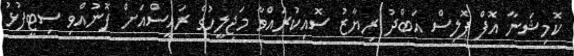
ކޮމިޝަނާ އޮފް ޕޮލިސް އަބްދު ރިޔާޒު ސޮއިކުރައްވާ މަޖިލީހުގެ ރައީސްއަށް ފޮނުއްވި ސިޓީފުޅު